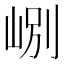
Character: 𡷘